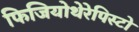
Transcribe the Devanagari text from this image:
फिजियोथेरेपिस्टो